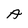
Character: A